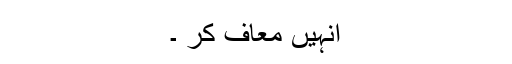
انہیں معاف کر ۔